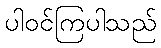
ပါဝင်ကြပါသည်